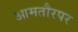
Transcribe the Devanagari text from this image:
आमतौरपर